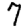
Digit: 7